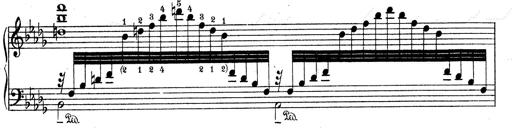
Title: 3 Ã‰tudes de concert
Composer: Franz Liszt